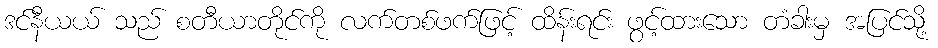
ဒင်နီယယ် သည် စတီယာတိုင်ကို လက်တစ်ဖက်ဖြင့် ထိန်းရင်း ဖွင့်ထားသော တံခါးမှ အပြင်သို့